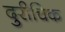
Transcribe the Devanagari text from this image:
दुरीचिक